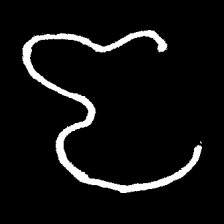
Pyu character \u2014 Myanmar letter: ဇ (romanized: ja)